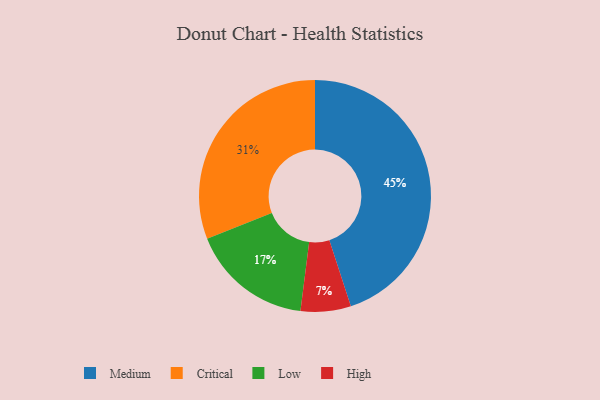
{"axis": {"x": "Category", "y": "Percentage"}, "legend": ["Critical", "High", "Low", "Medium"], "data": [{"x": "Medium", "y": 45, "type": "Medium"}, {"x": "Low", "y": 17, "type": "Low"}, {"x": "High", "y": 7, "type": "High"}, {"x": "Critical", "y": 31, "type": "Critical"}]}